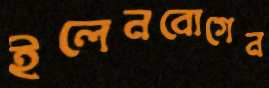
ইলেনবোগেন